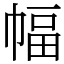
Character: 幅